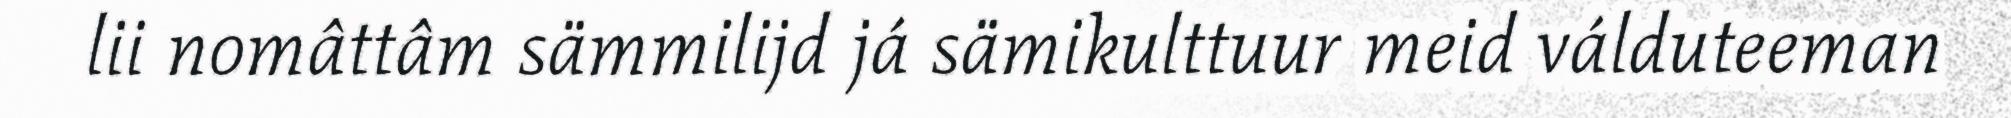
lii nomâttâm sämmilijd já sämikulttuur meid válduteeman